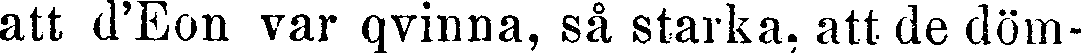
att d'Eon var qvinna, så starka, att de döm-